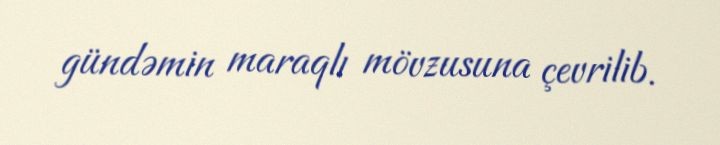
gündəmin maraqlı mövzusuna çevrilib.